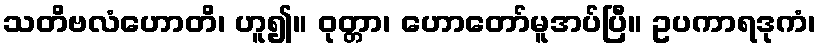
သတိဗလံဟောတိ၊ ဟူ၍။ ဝုတ္တာ၊ ဟောတော်မူအပ်ပြီ။ ဥပကာရဒုကံ၊